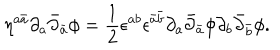
LaTeX: \eta ^ { a \bar { a } } \partial _ { a } \bar { \partial } _ { \bar { a } } \phi = \frac { 1 } { 2 } \epsilon ^ { a b } \epsilon ^ { \bar { a } \bar { b } } \partial _ { a } \bar { \partial } _ { \bar { a } } \phi \partial _ { b } \bar { \partial } _ { \bar { b } } \phi .